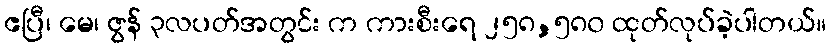
ဧပြီ၊ မေ၊ ဇွန် ၃လပတ်အတွင်း က ကားစီးရေ ၂၅၈,၅၈၀ ထုတ်လုပ်ခဲ့ပါတယ်။